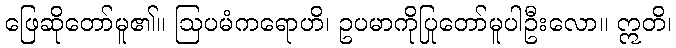
ဖြေဆိုတော်မူ၏။ ဩပမံကရောဟိ၊ ဥပမာကိုပြုတော်မူပါဦးလော။ ဣတိ၊